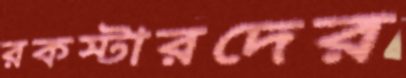
রকস্টারদের